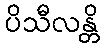
ပိသီလန္တိ